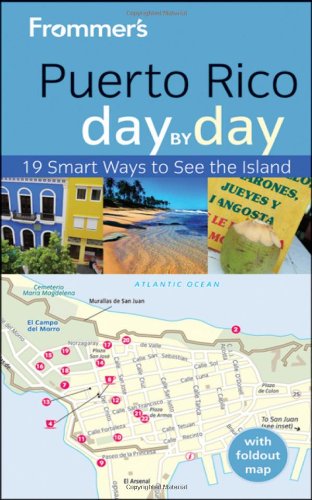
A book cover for Frommer's Puerto Rico Day by Day (Frommer's Day by Day - Pocket); John Marino; Travel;